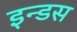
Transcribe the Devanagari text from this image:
इन्‍डस